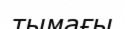
тымағы